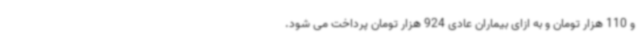
و 110 هزار تومان و به ازای بیماران عادی 924 هزار تومان پرداخت می شود.